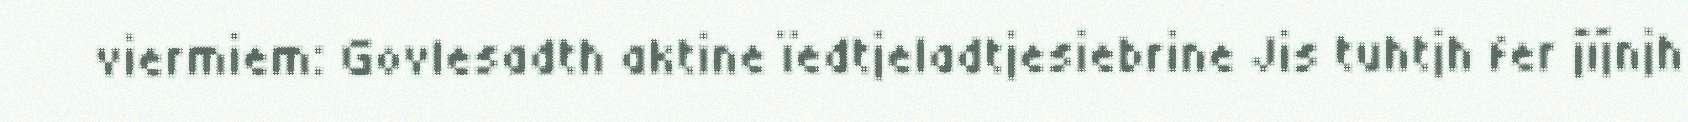
viermiem: Govlesadth aktine ïedtjeladtjesiebrine Jis tuhtjh fer jïjnjh